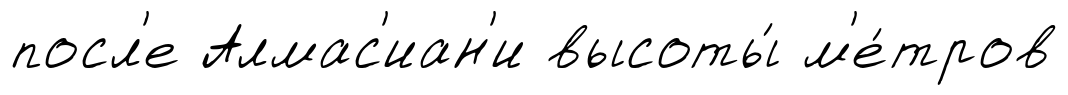
посл'е Алмас'иан'и высоты́ м'е́тров